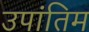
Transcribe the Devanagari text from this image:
उपांतिम